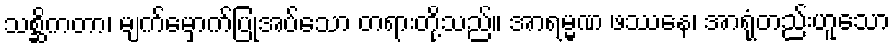
သစ္ဆိကတာ၊ မျက်မှောက်ပြုအပ်သော တရားတို့သည်။ အာရမ္မဏ ဖဿေန၊ အာရုံတည်းဟူသော